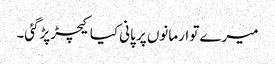
میرے تو ارمانوں پر پانی کیا کیچڑ پڑگئی۔